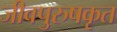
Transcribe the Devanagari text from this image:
जीवपुरुषकृत